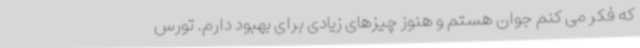
که فکر می کنم جوان هستم و هنوز چیزهای زیادی برای بهبود دارم. تورس